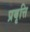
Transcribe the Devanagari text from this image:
प्रबृत्ति